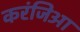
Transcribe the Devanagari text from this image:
करंजिआ